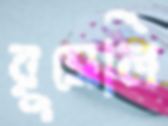
রুসেলি